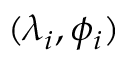
( \lambda _ { i } , \phi _ { i } )